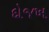
દોજખ